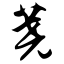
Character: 荛